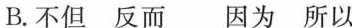
B.不但 反而 因为 所以